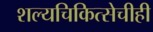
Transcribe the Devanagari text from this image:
शल्यचिकित्सेचीही